Annual report of the Punjab Veterinary College and of the Civil Veterinary Department, Punjab - 1926-1932
Year: 1926
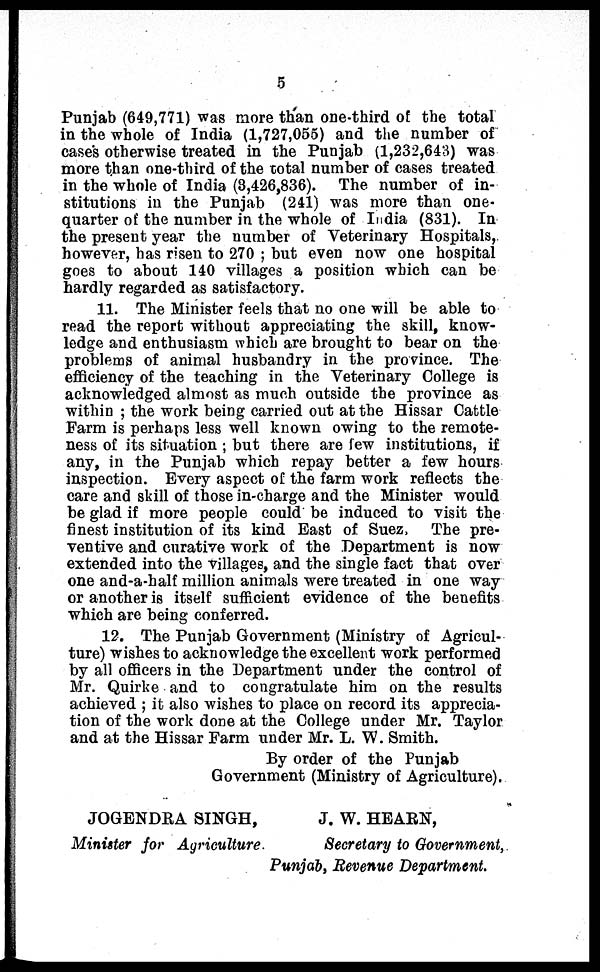
5
Punjab (649,771) was more than one-third of the total
in the whole of India (1,727,055) and the number of
cases otherwise treated in the Punjab (1,232,643) was
more than one-third of the total number of cases treated
in the whole of India (3,426,836). The number of in-
stitutions in the Punjab (241) was more than one-
quarter of the number in the whole of India (831). In
the present year the number of Veterinary Hospitals,
however, has risen to 270; but even now one hospital
goes to about 140 villages a position which can be
hardly regarded as satisfactory.
11. The Minister feels that no one will be able to
read the report without appreciating the skill, know-
ledge and enthusiasm which are brought to bear on the
problems of animal husbandry in the province. The
efficiency of the teaching in the Veterinary College is
acknowledged almost as much outside the province as
within; the work being carried out at the Hissar Cattle
Farm is perhaps less well known owing to the remote-
ness of its situation; but there are few institutions, if
any, in the Punjab which repay better a few hours
inspection. Every aspect of the farm work reflects the
care and skill of those in-charge and the Minister would
be glad if more people could be induced to visit the
finest institution of its kind East of Suez, The pre-
ventive and curative work of the Department is now
extended into the villages, and the single fact that over
one and-a-half million animals were treated in one way
or another is itself sufficient evidence of the benefits
which are being conferred.
12. The Punjab Government (Ministry of Agricul-
ture) wishes to acknowledge the excellent work performed
by all officers in the Department under the control of
Mr. Quirke and to congratulate him on the results
achieved; it also wishes to place on record its apprecia-
tion of the work done at the College under Mr. Taylor
and at the Hissar Farm under Mr. L. W. Smith.
By order of the Punjab
Government (Ministry of Agriculture).
JOGENDRA SINGH,
Minister for Agriculture.
J. W. HEARN,
Secretary to Government,
Punjab, Revenue Department